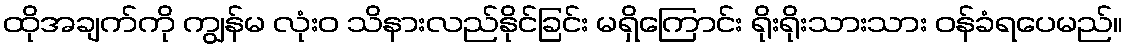
ထိုအချက်ကို ကျွန်မ လုံးဝ သိနားလည်နိုင်ခြင်း မရှိကြောင်း ရိုးရိုးသားသား ဝန်ခံရပေမည်။